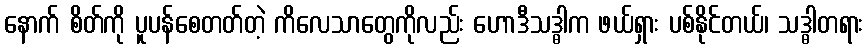
နောက် စိတ်ကို ပူပန်စေတတ်တဲ့ ကိလေသာတွေကိုလည်း ဟောဒီသဒ္ဓါက ဖယ်ရှား ပစ်နိုင်တယ်၊ သဒ္ဓါတရား